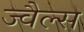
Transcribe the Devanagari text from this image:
ज्वैल्स